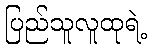
ပြည်သူလူထုရဲ့